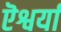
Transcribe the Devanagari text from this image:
ऎश्वर्या